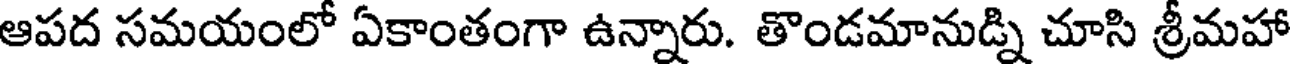
ఆపద సమయంలో ఏకాంతంగా ఉన్నారు. తొండమానుడ్ని చూసి శ్రీమహా